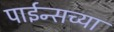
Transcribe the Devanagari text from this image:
पाईन्सच्या